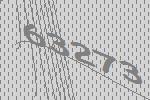
63273